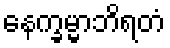
နေက္ခမ္မာဘိရတံ